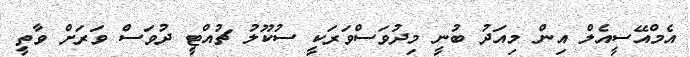
އެމްއޭސީއެލް އިން މިއަދު ބުނީ މިދުވަސްވަރަކީ ސުކޫލު ޗުއްޓީ ދުވަސް ވަރަށް ވާތީ